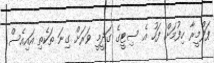
ޕަލްމީރާ ހިފުމަށް ފަހު އެ ސިޓީގެ ގަދީމީ ވަރަށް ގިނަ ތަކެތި އައިއެސް